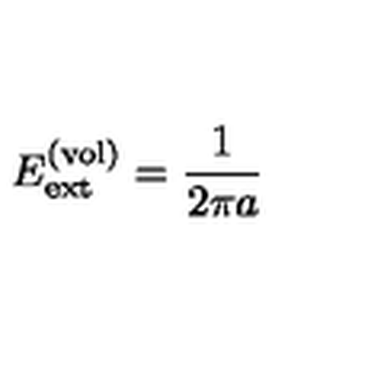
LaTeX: E _ { \mathrm { e x t } } ^ { ( \mathrm { v o l } ) } = \frac { 1 } { 2 \pi a }